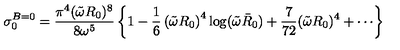
\sigma _ { 0 } ^ { B = 0 } = { \frac { \pi ^ { 4 } ( \tilde { \omega } R _ { 0 } ) ^ { 8 } } { 8 \omega ^ { 5 } } } \left\{ 1 - { \frac { 1 } { 6 } } \left( \tilde { \omega } R _ { 0 } \right) ^ { 4 } \log ( \tilde { \omega } \bar { R } _ { 0 } ) + { \frac { 7 } { 7 2 } } ( \tilde { \omega } R _ { 0 } ) ^ { 4 } + \cdots \right\}